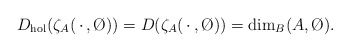
\begin{align*}D_{\rm hol}(\zeta_A(\,\cdot\,,\O))=D(\zeta_A(\,\cdot\,,\O))=\dim_B(A,\O).\end{align*}